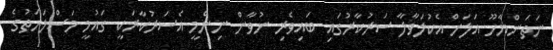
ނަތަންޔާހޫ އަލަށް އެކުލަވާލާ ސަރުކާރުގައި ބައިވެރި ނުވާން ނިންމީ އެސަރުކާރަކީ ގައުމީ މަސްލަހަތުގެ